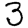
Digit: 3